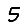
Digit: 5